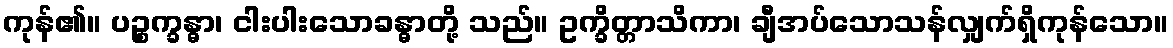
ကုန်၏။ ပဉ္စက္ခန္ဓာ၊ ငါးပါးသောခန္ဓာတို့ သည်။ ဥက္ခိတ္တာသိကာ၊ ချီအပ်သောသန်လျှက်ရှိကုန်သော။